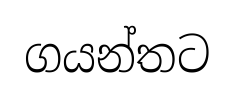
ගයන්තට